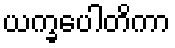
ယက္ခပေါတိကာ